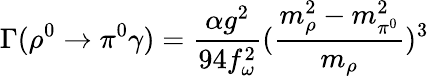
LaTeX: \Gamma(\rho^{0}\rightarrow\pi^{0}\gamma)=\frac{\alpha g^{2}}{94f_{\omega}^{2}}(\frac{m_{\rho}^{2}-m_{\pi^{0}}^{2}}{m_{\rho}})^{3}